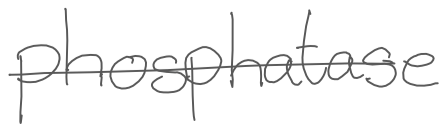
Text: phosphatase
Cross-out: single-line
Writing tool: digital_gray